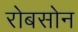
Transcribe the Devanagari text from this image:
रोबसोन